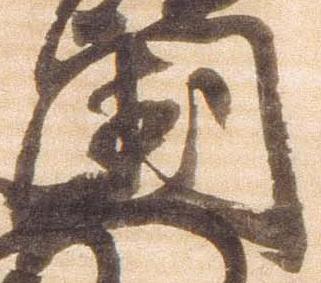
国